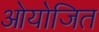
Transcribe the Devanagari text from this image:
ओयोजित